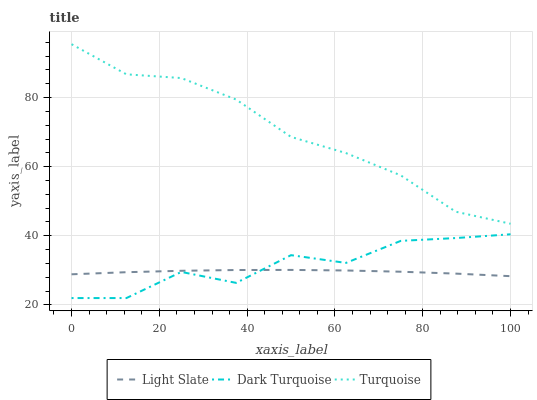
| xaxis_label | Light Slate | Dark Turquoise | Turquoise |
 | --- | --- | --- | --- |
 | 0 | 28.9 | 22 | 95.4 |
 | 12.5 | 29.5 | 22 | 86.7 |
 | 25 | 29.9 | 29.6 | 85.6 |
 | 37.5 | 30.1 | 26.4 | 79.4 |
 | 50 | 30.1 | 34.4 | 68.6 |
 | 62.5 | 30 | 32.2 | 63.9 |
 | 75 | 29.6 | 38.5 | 57.5 |
 | 87.5 | 29.1 | 39.4 | 47 |
 | 100 | 28.3 | 40.4 | 43.5 |